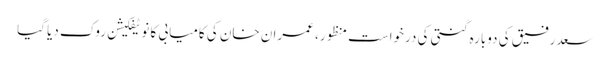
سعدرفیق کی دوبارہ گنتی کی درخواست منظور، عمران خان کی کامیابی کا نوٹیفکیشن روک دیا گیا